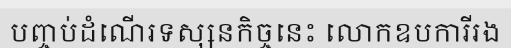
បញ្ចប់ដំណើរទស្សនកិច្ចនេះ លោកឧបការីរង